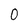
Character: 0